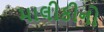
માલીકીનો